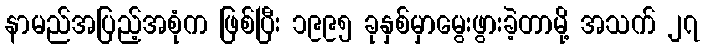
နာမည်အပြည့်အစုံက ဖြစ်ပြီး ၁၉၉၅ ခုနှစ်မှာမွေးဖွားခဲ့တာမို့ အသက် ၂၇